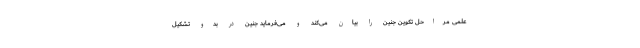
علمی مراحل تکوین جنین را بیان می‌کند و می‌فرماید جنین در بدو تشکیل